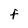
Character: F